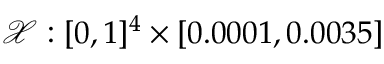
\mathcal { X } : [ 0 , 1 ] ^ { 4 } \times [ 0 . 0 0 0 1 , 0 . 0 0 3 5 ]